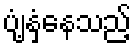
ပျံ့နှံ့နေသည့်